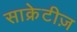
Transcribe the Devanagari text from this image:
साक्रेटीज़